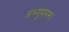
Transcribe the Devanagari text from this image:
अभ्युपगम।